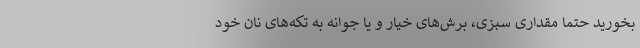
بخورید حتما مقداری سبزی، برش‌های خیار و یا جوانه به تکه‌های نان خود